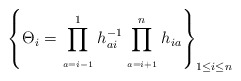
\begin{gather*}\left\{ \Theta_i = \prod_{\atop a=i-1}^{1} h_{ai}^{-1}\prod_{\atop a=i+1}^{n} h_{ia} \right\}_{1\le i \le n}\end{gather*}